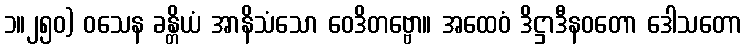
၁။၂၅၀) ဝသေန ခန္တိယံ အာနိသံသော ဝေဒိတဗ္ဗော။ အထေဝံ ဒိဋ္ဌာဒီနဝတော ဒေါသတော